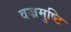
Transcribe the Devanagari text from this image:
वज्रमुष्टि